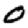
Digit: 0